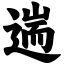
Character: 遄